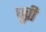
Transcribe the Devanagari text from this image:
धुव्री